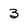
Character: 3